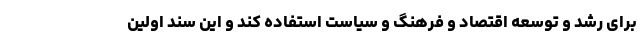
برای رشد و توسعه اقتصاد و فرهنگ و سیاست استفاده کند و این سند اولین